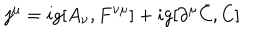
LaTeX: j ^ { \mu } = i g [ A _ { \nu } , F ^ { \nu \mu } ] + i g [ \partial ^ { \mu } \bar { C } , C ]